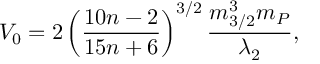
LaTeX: V _ { 0 } = 2 \left( \frac { 1 0 n - 2 } { 1 5 n + 6 } \right) ^ { 3 / 2 } \frac { m _ { 3 / 2 } ^ { 3 } m _ { P } } { \lambda _ { 2 } } ,